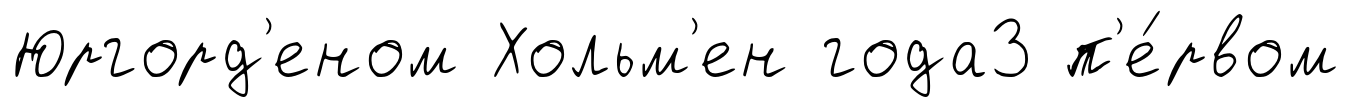
Юргорд'еном Хольм'ен года3 п'е́рвом